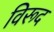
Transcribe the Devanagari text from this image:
विरूद